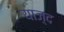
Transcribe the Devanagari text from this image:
याज़्द